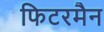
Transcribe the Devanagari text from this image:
फिटरमैन